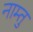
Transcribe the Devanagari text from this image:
नाम्तु